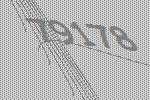
79178